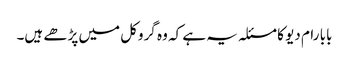
بابا رام دیو کا مسئلہ یہ ہے کہ وہ گروکل میں پڑھے ہیں۔